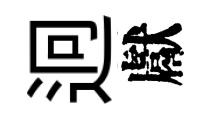
迥獻